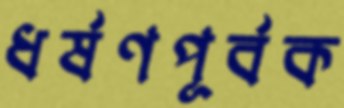
ধর্ষণপূর্বক